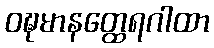
ဝဍ္ဎမာနတ္ထေရဂါထာ